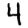
Digit: 4